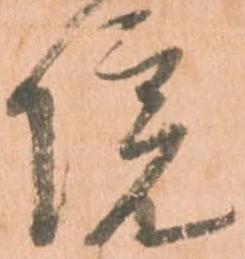
院